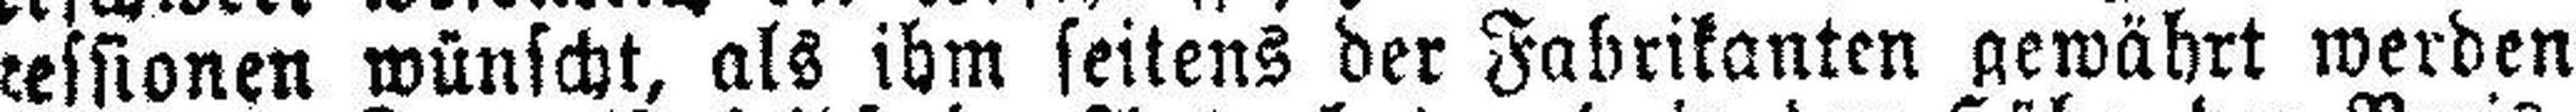
###essionen wünscht, als ihm seitens der Fabrikanten gewährt werden